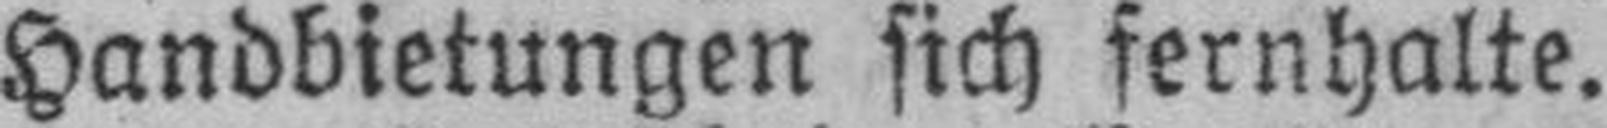
Handbietungen sich fernhalte.